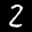
Label: 2